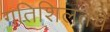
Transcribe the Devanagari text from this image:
गतिशिलतेचे